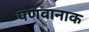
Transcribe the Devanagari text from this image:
पणवानाक